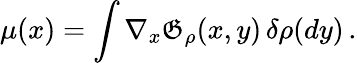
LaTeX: \mu(x)=\int\nabla_{x}\mathfrak{G}_{\rho}(x,y)\, \delta\rho(dy)\, .